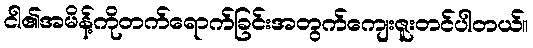
ငါ၏အမိန့်ကိုတက်ရောက်ခြင်းအတွက်ကျေးဇူးတင်ပါတယ်။